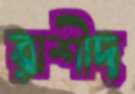
রাশীদ